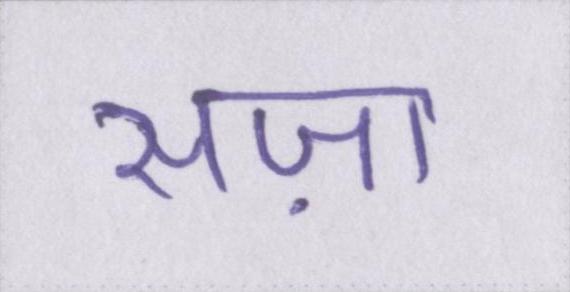
सज़ा